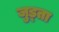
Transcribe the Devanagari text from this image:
जुड्ता